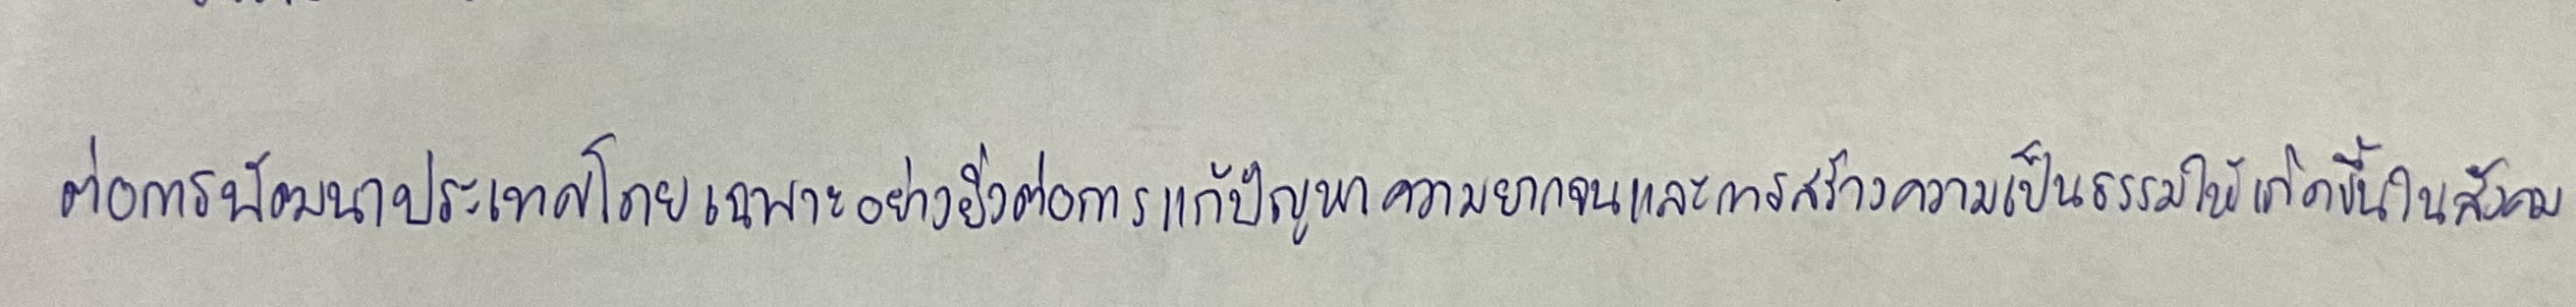
ต่อการพัฒนาประเทศโดยเฉพาะอย่างยิ่งต่อการแก้ปัญหาความยากจนและการสร้างความเป็นธรรมให้เกิดขึ้นในสังคม